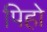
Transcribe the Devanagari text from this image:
पिहो